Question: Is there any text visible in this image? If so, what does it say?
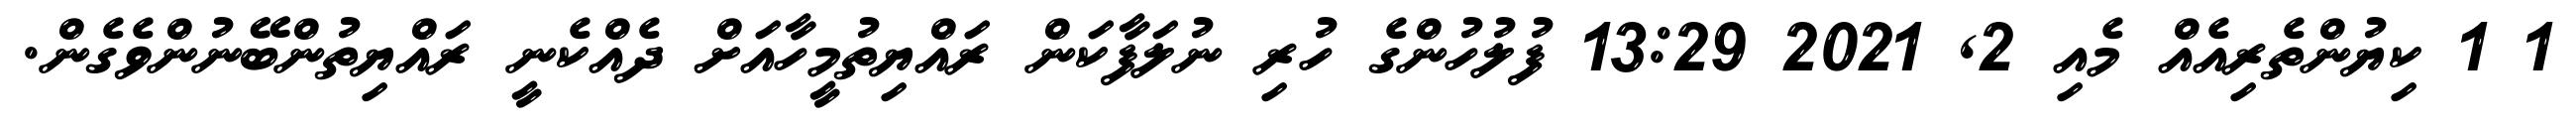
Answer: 1 1 ކިޔުންތެރިއެއް މެއި 2, 2021 13:29 ފުލުހުންގެ ހުރި ނުލަފާކަން ރައްޔިތުމީހާއަށް ދެއްކެނީ ރައްޔިތުންބޭނުންވެގެން.